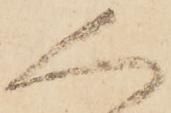
人